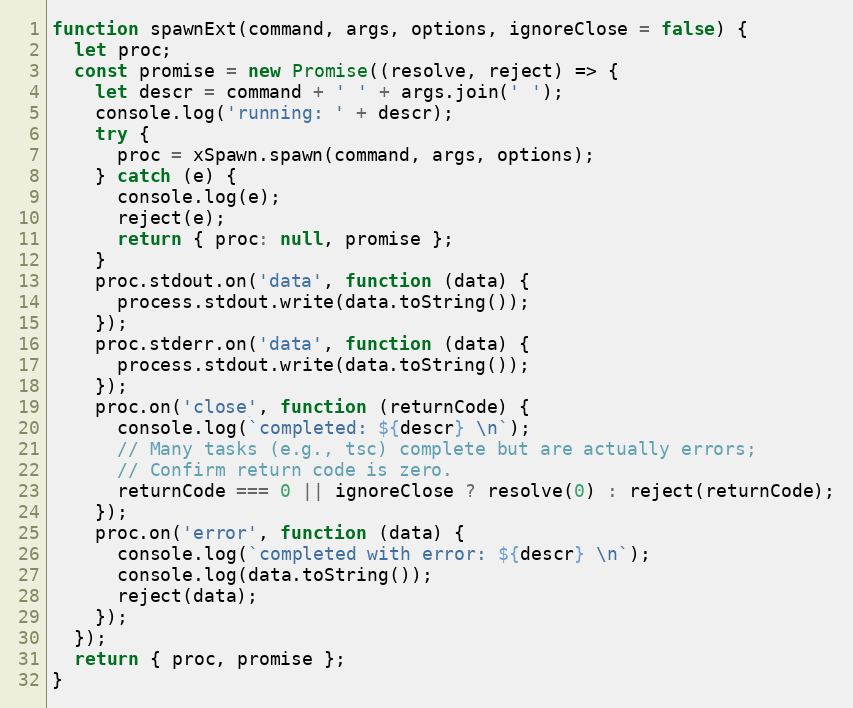
Language: JavaScript
function spawnExt(command, args, options, ignoreClose = false) {
  let proc;
  const promise = new Promise((resolve, reject) => {
    let descr = command + ' ' + args.join(' ');
    console.log('running: ' + descr);
    try {
      proc = xSpawn.spawn(command, args, options);
    } catch (e) {
      console.log(e);
      reject(e);
      return { proc: null, promise };
    }
    proc.stdout.on('data', function (data) {
      process.stdout.write(data.toString());
    });
    proc.stderr.on('data', function (data) {
      process.stdout.write(data.toString());
    });
    proc.on('close', function (returnCode) {
      console.log(`completed: ${descr} \n`);
      // Many tasks (e.g., tsc) complete but are actually errors;
      // Confirm return code is zero.
      returnCode === 0 || ignoreClose ? resolve(0) : reject(returnCode);
    });
    proc.on('error', function (data) {
      console.log(`completed with error: ${descr} \n`);
      console.log(data.toString());
      reject(data);
    });
  });
  return { proc, promise };
}